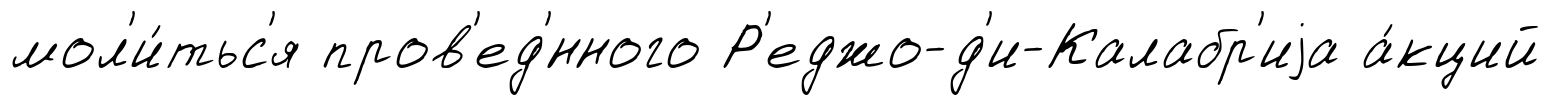
мол'и́тьс'я пров'ед'́нного Р'еджо-д'и-Калабр'иjа а́кций